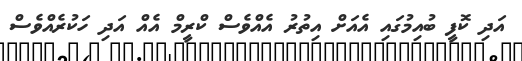
އަދި ކޮފީ ބުއިމުގައި އެއަށް އިތުރު އެއްވެސް ކްރީމް އެއް އަދި ހަކުރެއްވެސް